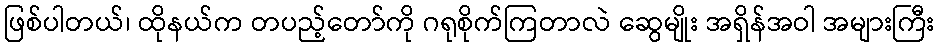
ဖြစ်ပါတယ်၊ ထိုနယ်က တပည့်တော်ကို ဂရုစိုက်ကြတာလဲ ဆွေမျိုး အရှိန်အဝါ အများကြီး